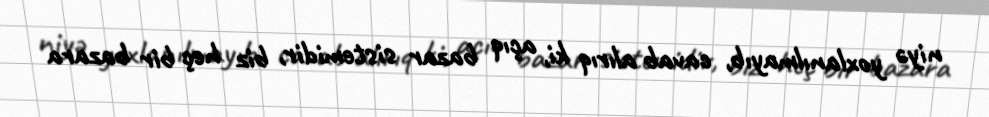
niyə yoxlanılmayıb, cavab alırıq ki, açıq bazar sistemidir, biz heç bir bazara